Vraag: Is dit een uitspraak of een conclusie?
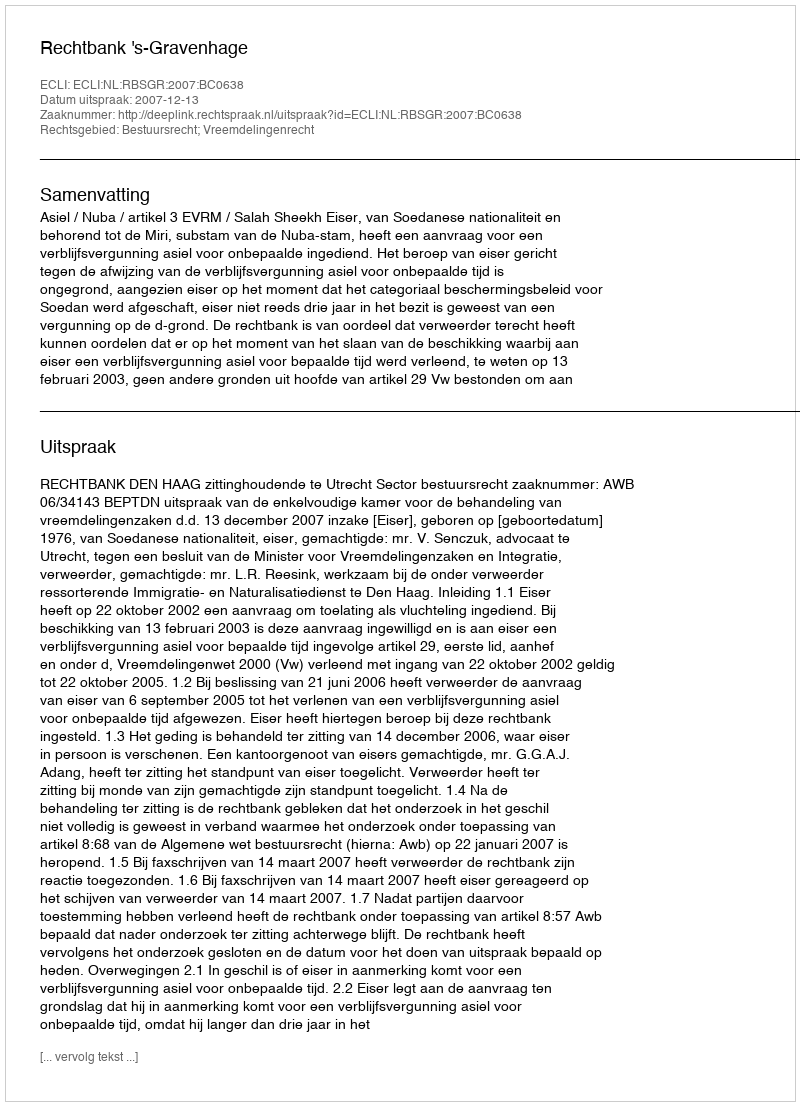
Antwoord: Uitspraak